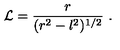
{ \cal L } = \frac { r } { ( r ^ { 2 } - l ^ { 2 } ) ^ { 1 / 2 } } \ .